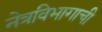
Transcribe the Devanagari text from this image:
नेत्रविभागाची